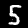
Digit: 5